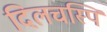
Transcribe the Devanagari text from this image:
दिलचस्पि